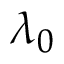
\lambda _ { 0 }